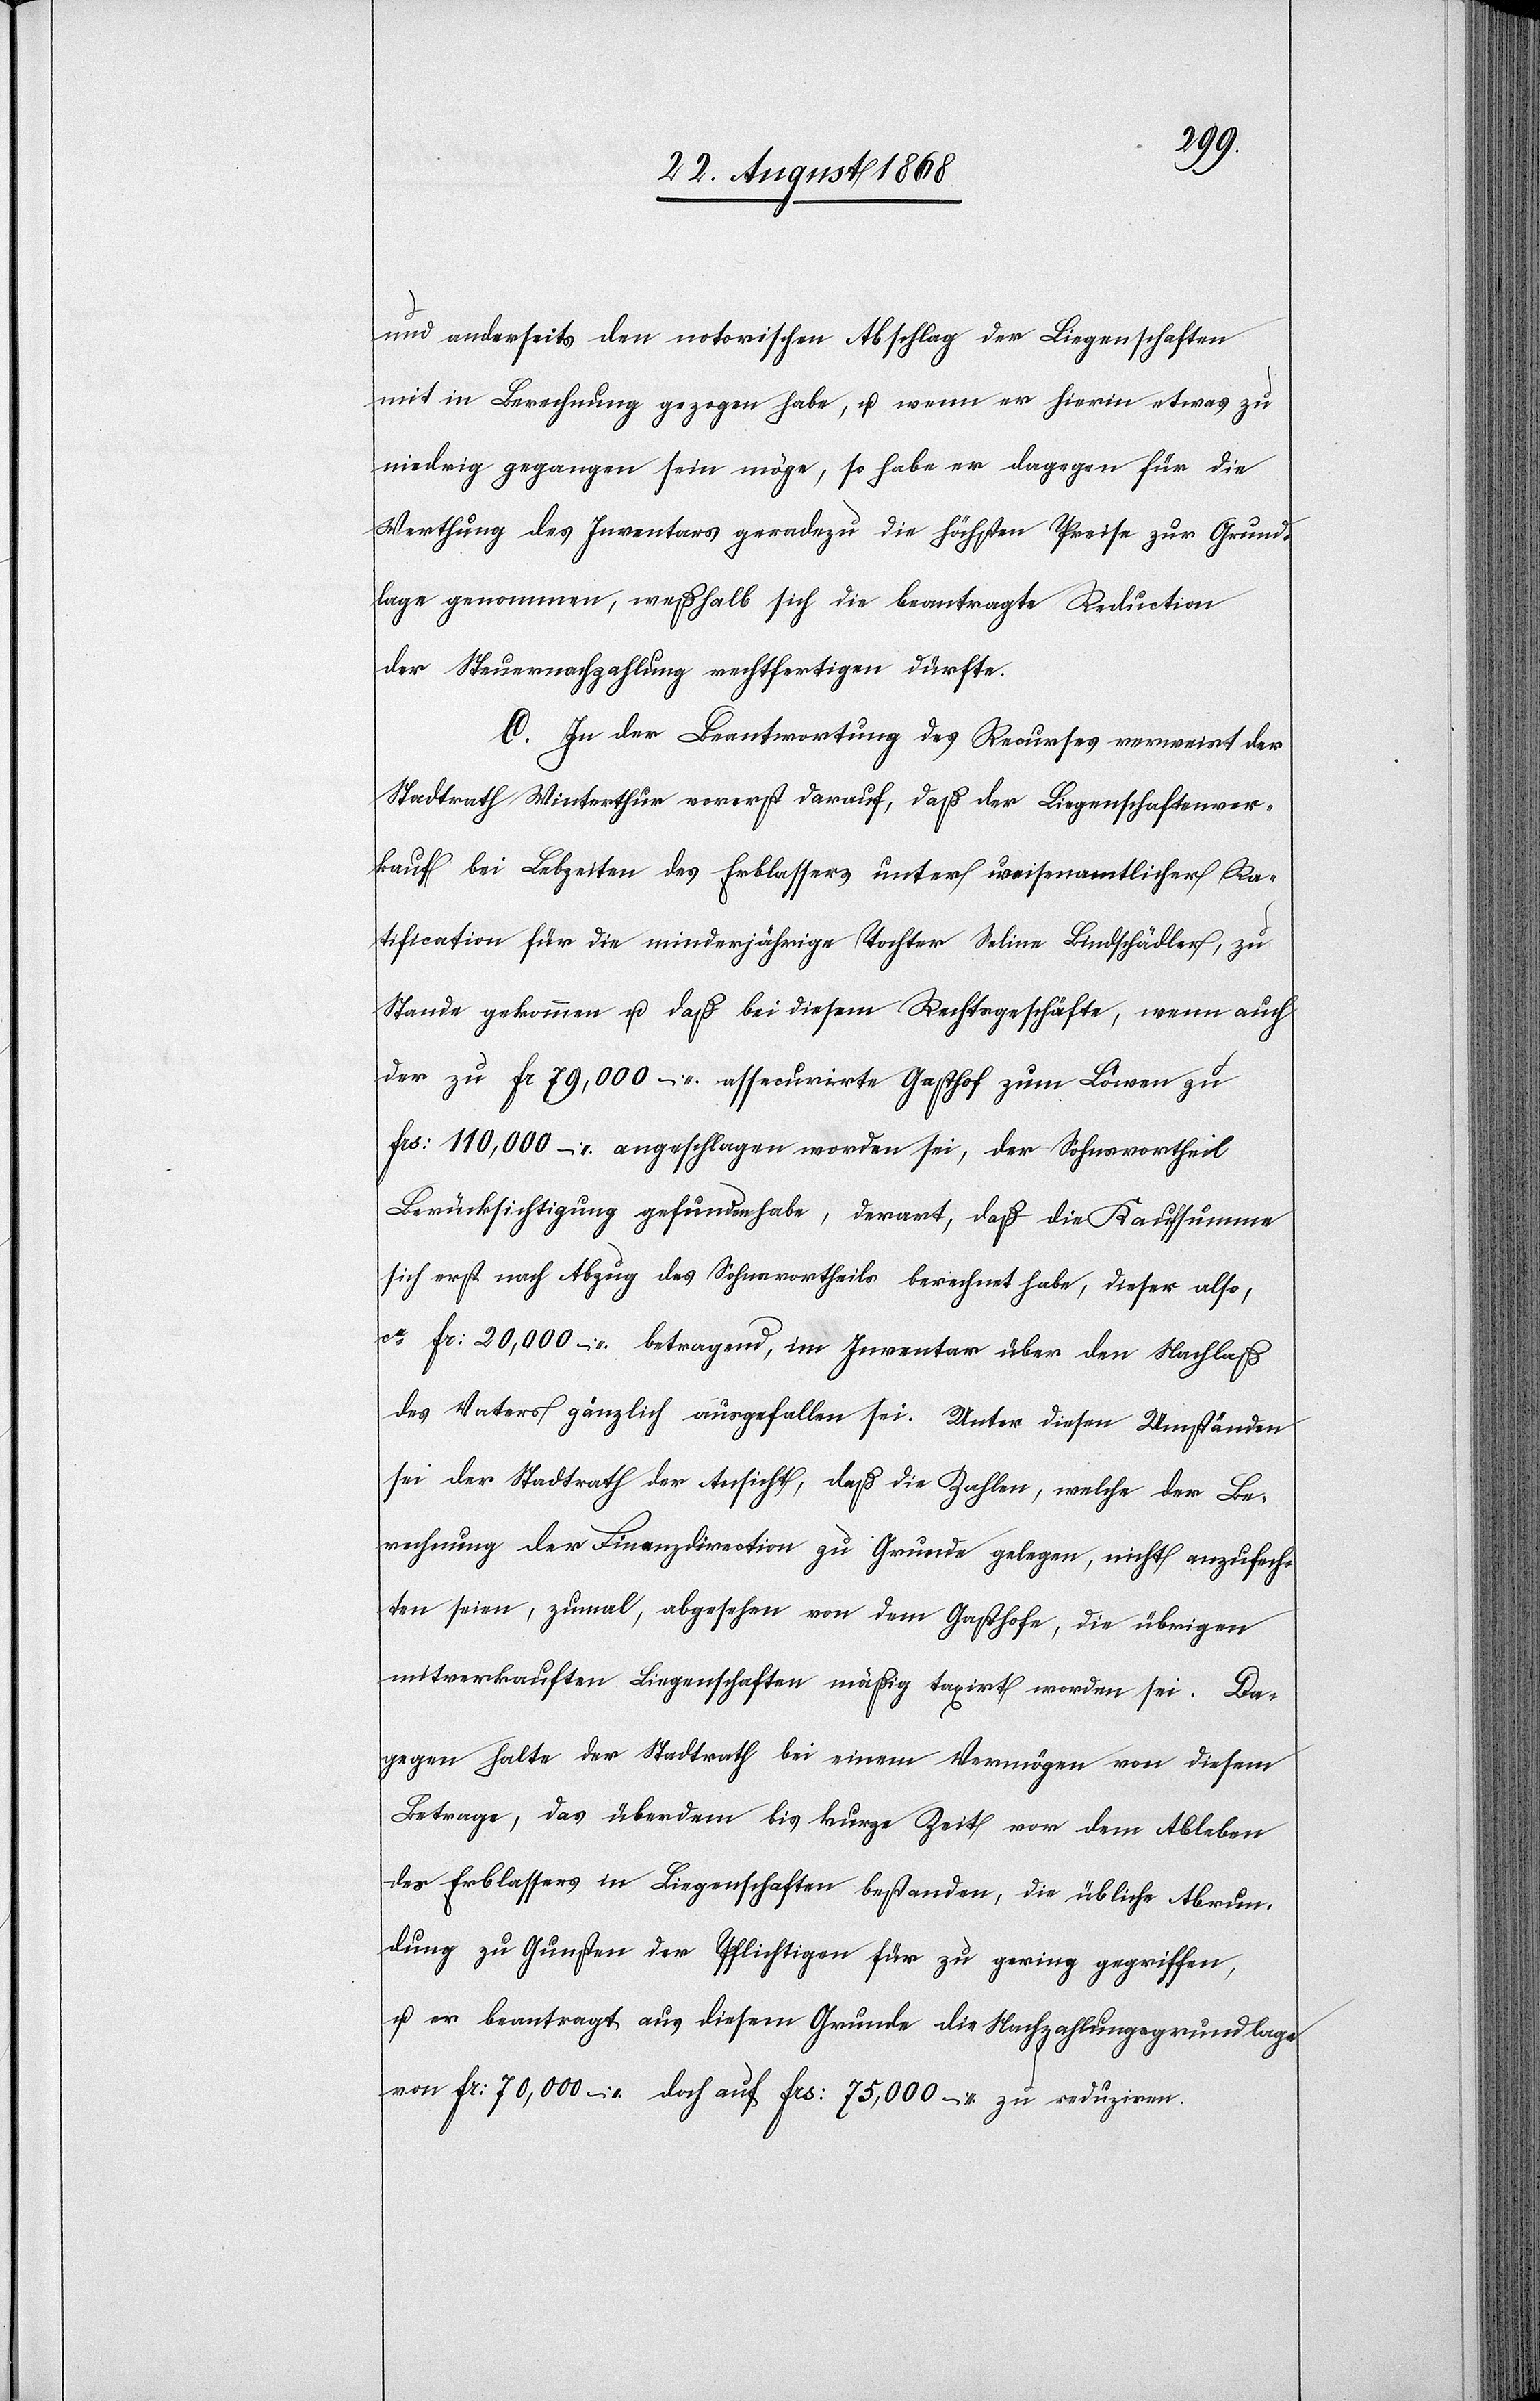
und anderseits den notorischen Abschlag der Liegenschaften
mit in Berechnung gezogen habe, u. wenn er hierin etwas zu
niedrig gegangen sein möge, so habe er dagegen für die
Werthung des Inventars geradezu die höchsten Preise zur Grund¬
lage genommen, weßhalb sich die beantragte Reduction
der Steuernachzahlung rechtfertigen dürfte.
C. In der Beantwortung des Recurses verweist der
Stadtrath Winterthur vorerst darauf, daß der Liegenschaftenver¬
kauf bei Lebzeiten des Erblassers unter waisenamtlicher Ra¬
tification für die minderjährige Tochter Seline Bindschädler, zu
Stande gekommen u. daß bei diesem Rechtsgeschäfte, wenn auch
der zu Fr 79,000 – assecurirte Gasthof zum Löwen zu
Frs: 110,000 – angeschlagen worden sei, der Sohnsvortheil
Berücksichtigung gefunden habe, derart, daß die Kaufsumme
sich erst nach Abzug des Sohnsvortheils berechnet habe, dieser also,
ca Fr: 20,000 – betragend, im Inventar über den Nachlaß
des Vaters gänzlich ausgefallen sei. Unter diesen Umständen
sei der Stadtrath der Ansicht, daß die Zahlen, welche der Be¬
rechnung der Finanzdirection zu Grunde gelegen, nicht anzufech¬
ten seien, zumal, abgesehen von dem Gasthofe, die übrigen
mitverkauften Liegenschaften mäßig taxirt worden sei[en]. Da¬
gegen halte der Stadtrath bei einem Vermögen von diesem
Betrage, das überdem bis kurze Zeit vor dem Ableben
des Erblassers in Liegenschaften bestanden, die übliche Abrun¬
dung zu Gunsten der Pflichtigen für zu gering gegriffen,
u. er beantragt aus diesem Grunde die Nachzahlungsgrundlage
von Fr: 70,000 – doch auf Frs: 75,000 – zu reduziren.